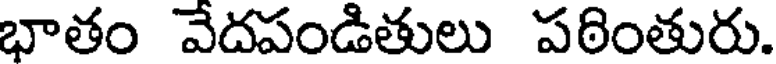
భాతం వేదపండితులు పఠింతురు.